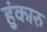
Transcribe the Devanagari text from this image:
हुंकारु